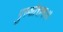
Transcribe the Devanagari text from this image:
पुरुशोत्तमः।।